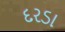
દરડા